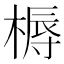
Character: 槈